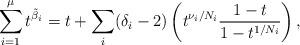
LaTeX: \begin{align*} \sum_{i=1}^{\mu} t^{\tilde{\beta}_i}=t+\sum_{i}(\delta_i -2) \left( t^{\nu_i/N_i}\frac{1-t}{1-t^{1/N_i}} \right),\end{align*}